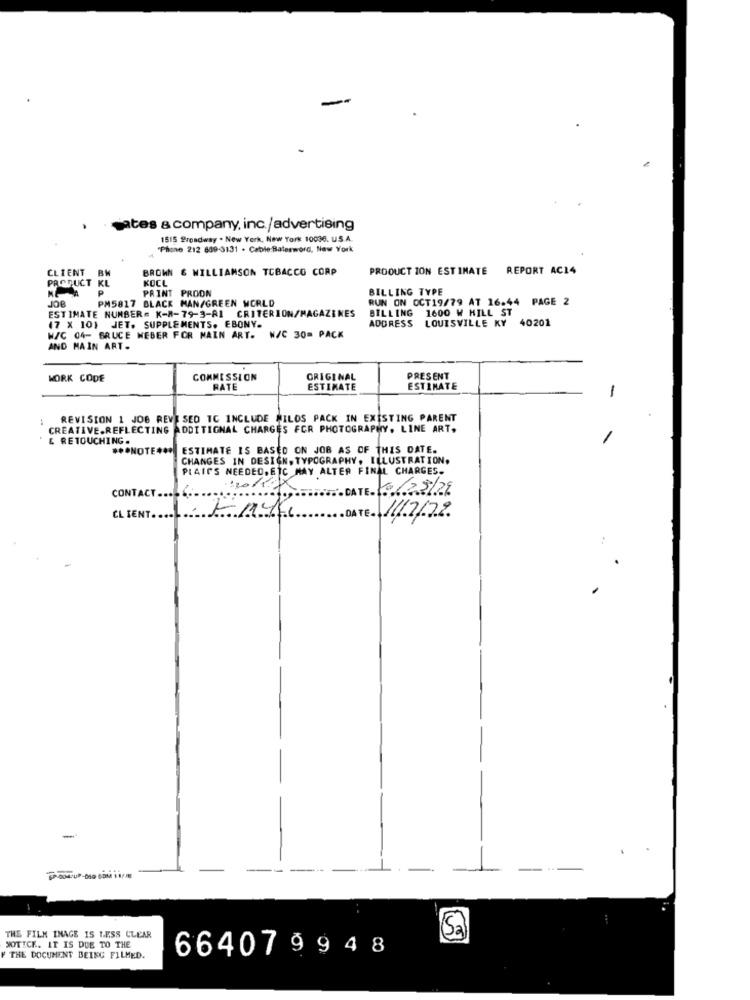
gates a company, inc./advertising
1515 Broadway . New York, New York 10036. U.S.A.
"Phone 212 809-3131 . Cable:Baterword, New York
BROWN & WILLIAMSON TOBACCO CORP
PRODUCT ION ESTIMATE REPORT AC14
CLIENT BW
KOCL
PRODUCT KL
PRINT PROON
JOB
PM5817 BLACK MAN/GREEN WORLD
BILLING TYPE
RUN ON OCT19/79 AT 16.44 PAGE 2
ESTIMATE NUMBER= K-8-79-3-81 CRITERION/MAGAZINES
BILLING 1600 W HILL ST
ADDRESS LOUISVILLE KY 40201
(7 X 101 JET. SUPPLEMENTS. EBONY.
W/C 04- BRUCE WEBER FOR MAIN ART. W/C 30= PACK
AND MAIN ART.
WORK CODE
COMMISSION
ORIGINAL
PRESENT
RATE
ESTIMATE
ESTIMATE
-
: REVISION 1 JOB REVISED TC INCLUDE MILOS PACK IN EXISTING PARENT
CREATIVE.REFLECTING ADDITIONAL CHARGES FOR PHOTOGRAPHY, LINE ART.
& RETOUCHING.
*** NOTE ***
ESTIMATE IS BASED ON JOB AS OF THIS DATE.
CHANGES IN DESIGN, TYPOGRAPHY, ILLUSTRATION,
PLAINS NEEDED, ETC MAY ALTER FINAL CHARGES.
120118
CONTACT
CLIENT.
17
11/7/79
.
THE FILM INAGE IS LESS CLEAR
NOTICE. IT IS DUE TO THE
664079948
THE DOCUMENT BEING FILMED.